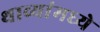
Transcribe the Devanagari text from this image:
थाव्यांमध्ये